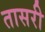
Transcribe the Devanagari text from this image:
तासरी